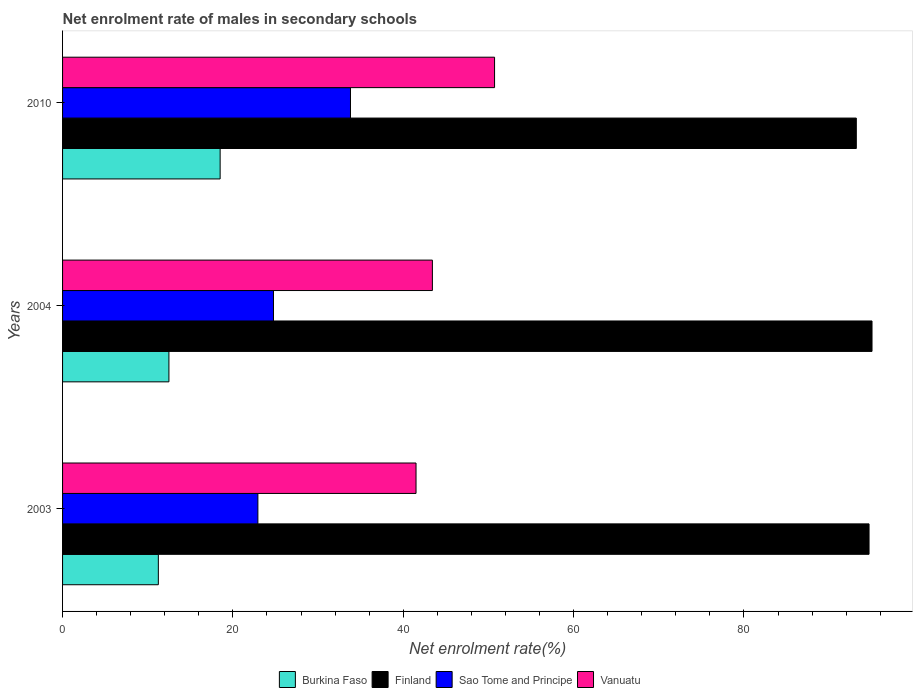
| Years | Burkina Faso | Finland | Sao Tome and Principe | Vanuatu |
 | --- | --- | --- | --- | --- |
 | 2003 | 11.2 | 94.7 | 22.9 | 41.5 |
 | 2004 | 12.5 | 95 | 24.8 | 43.4 |
 | 2010 | 18.5 | 93.2 | 33.8 | 50.7 |